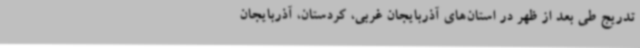
تدریج طی بعد از ظهر در استان‌های آذربایجان غربی، کردستان، آذربایجان